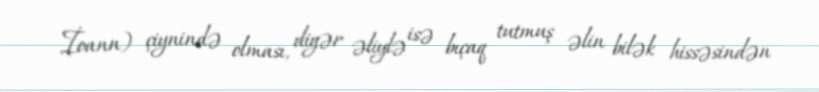
İoann) çiynində olması, digər əliylə isə bıçaq tutmuş əlin bilək hissəsindən